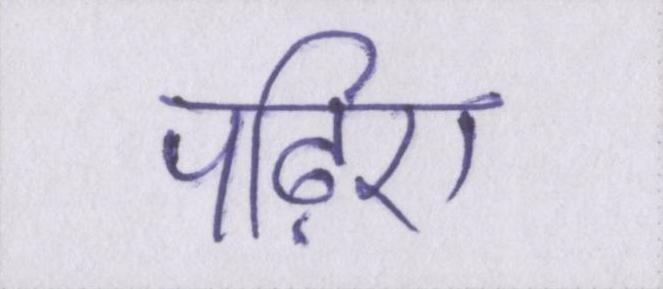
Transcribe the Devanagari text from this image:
पढ़िए